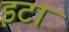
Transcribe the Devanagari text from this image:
इटा